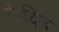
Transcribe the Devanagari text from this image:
केदिन